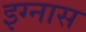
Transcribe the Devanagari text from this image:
इग्नास